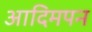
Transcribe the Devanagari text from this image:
आदिमपन